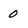
Character: 0